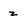
Character: z